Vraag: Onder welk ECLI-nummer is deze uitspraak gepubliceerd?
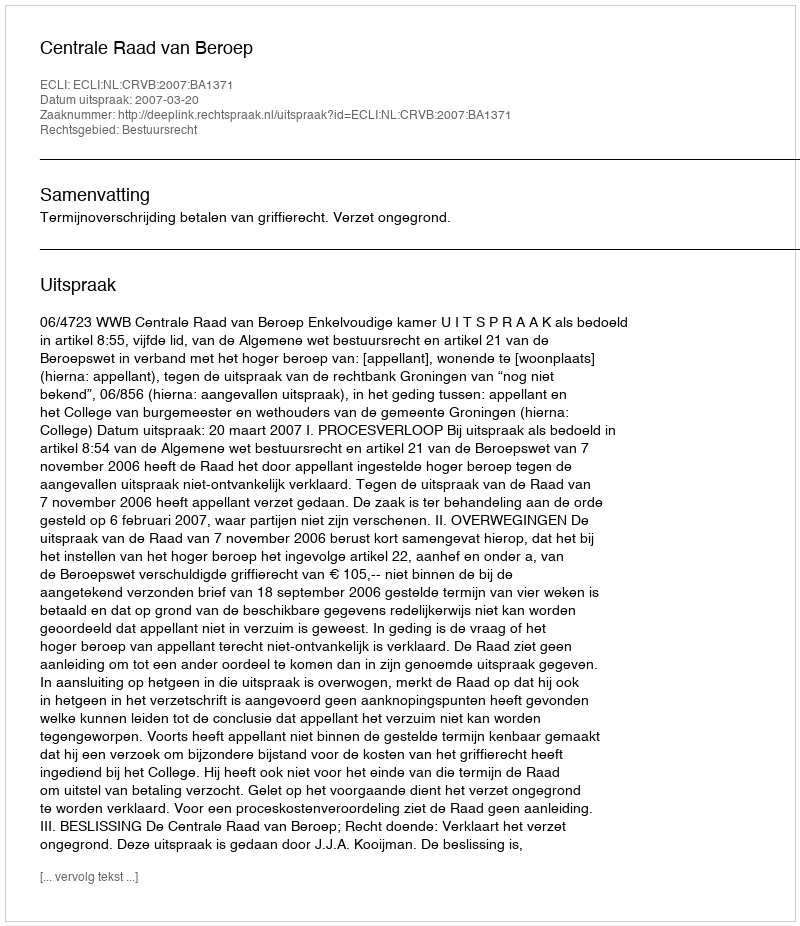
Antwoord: ECLI:NL:CRVB:2007:BA1371